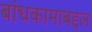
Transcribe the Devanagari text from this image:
बांधकामाबद्दल